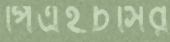
পিএইচসির